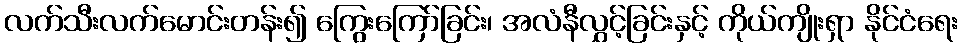
လက်သီးလက်မောင်းတန်း၍ ကြွေးကြော်ခြင်း၊ အလံနီလွှင့်ခြင်းနှင့် ကိုယ်ကျိုးရှာ နိုင်ငံရေး